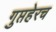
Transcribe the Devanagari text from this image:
गुप्तहेरच